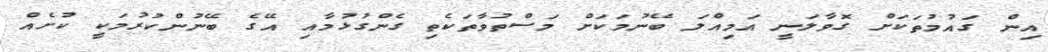
އިން ގައުމުތަކަށް ގޮވާލަނީ އަމިއްލަ ބޭނުމަކަށް މަސްތުވާތަކެތި ގެންގުޅުމާއި އޭގެ ބޭނުންކުރުމަކީ ކުށެއް